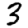
Digit: 3